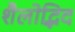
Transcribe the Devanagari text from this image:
शैलोद्भिद